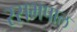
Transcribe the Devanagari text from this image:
रसभपाल